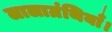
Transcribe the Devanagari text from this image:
लालाग्रंथियाँ।